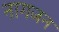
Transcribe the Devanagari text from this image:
नागजन